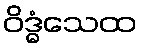
ဝိဒ္ဓံသေထ